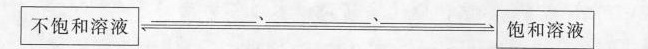
\boxed{不饱和溶液}___、___、___\boxed{饱和溶液}